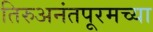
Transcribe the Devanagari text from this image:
तिरुअनंतपूरमच्या